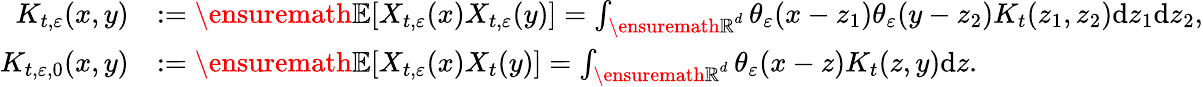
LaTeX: \begin{array}{rl}{K_{t,\varepsilon}(x,y)}&{:={\ensuremath{\mathbb E}}[X_{t,\varepsilon}(x)X_{t,\varepsilon}(y)]=\int_{{\ensuremath{\mathbb R}}^{d}}\theta_{\varepsilon}(x-z_{1})\theta_{\varepsilon}(y-z_{2})K_{t}(z_{1},z_{2})\mathrm{d}z_{1}\mathrm{d}z_{2},}\\ {K_{t,\varepsilon,0}(x,y)}&{:={\ensuremath{\mathbb E}}[X_{t,\varepsilon}(x)X_{t}(y)]=\int_{{\ensuremath{\mathbb R}}^{d}}\theta_{\varepsilon}(x-z)K_{t}(z,y)\mathrm{d}z.}\end{array}